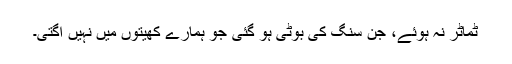
ٹماٹر نہ ہوئے، جن سنگ کی بُوٹی ہو گئی جو ہمارے کھیتوں میں نہیں اُگتی۔